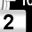
Digit: 2